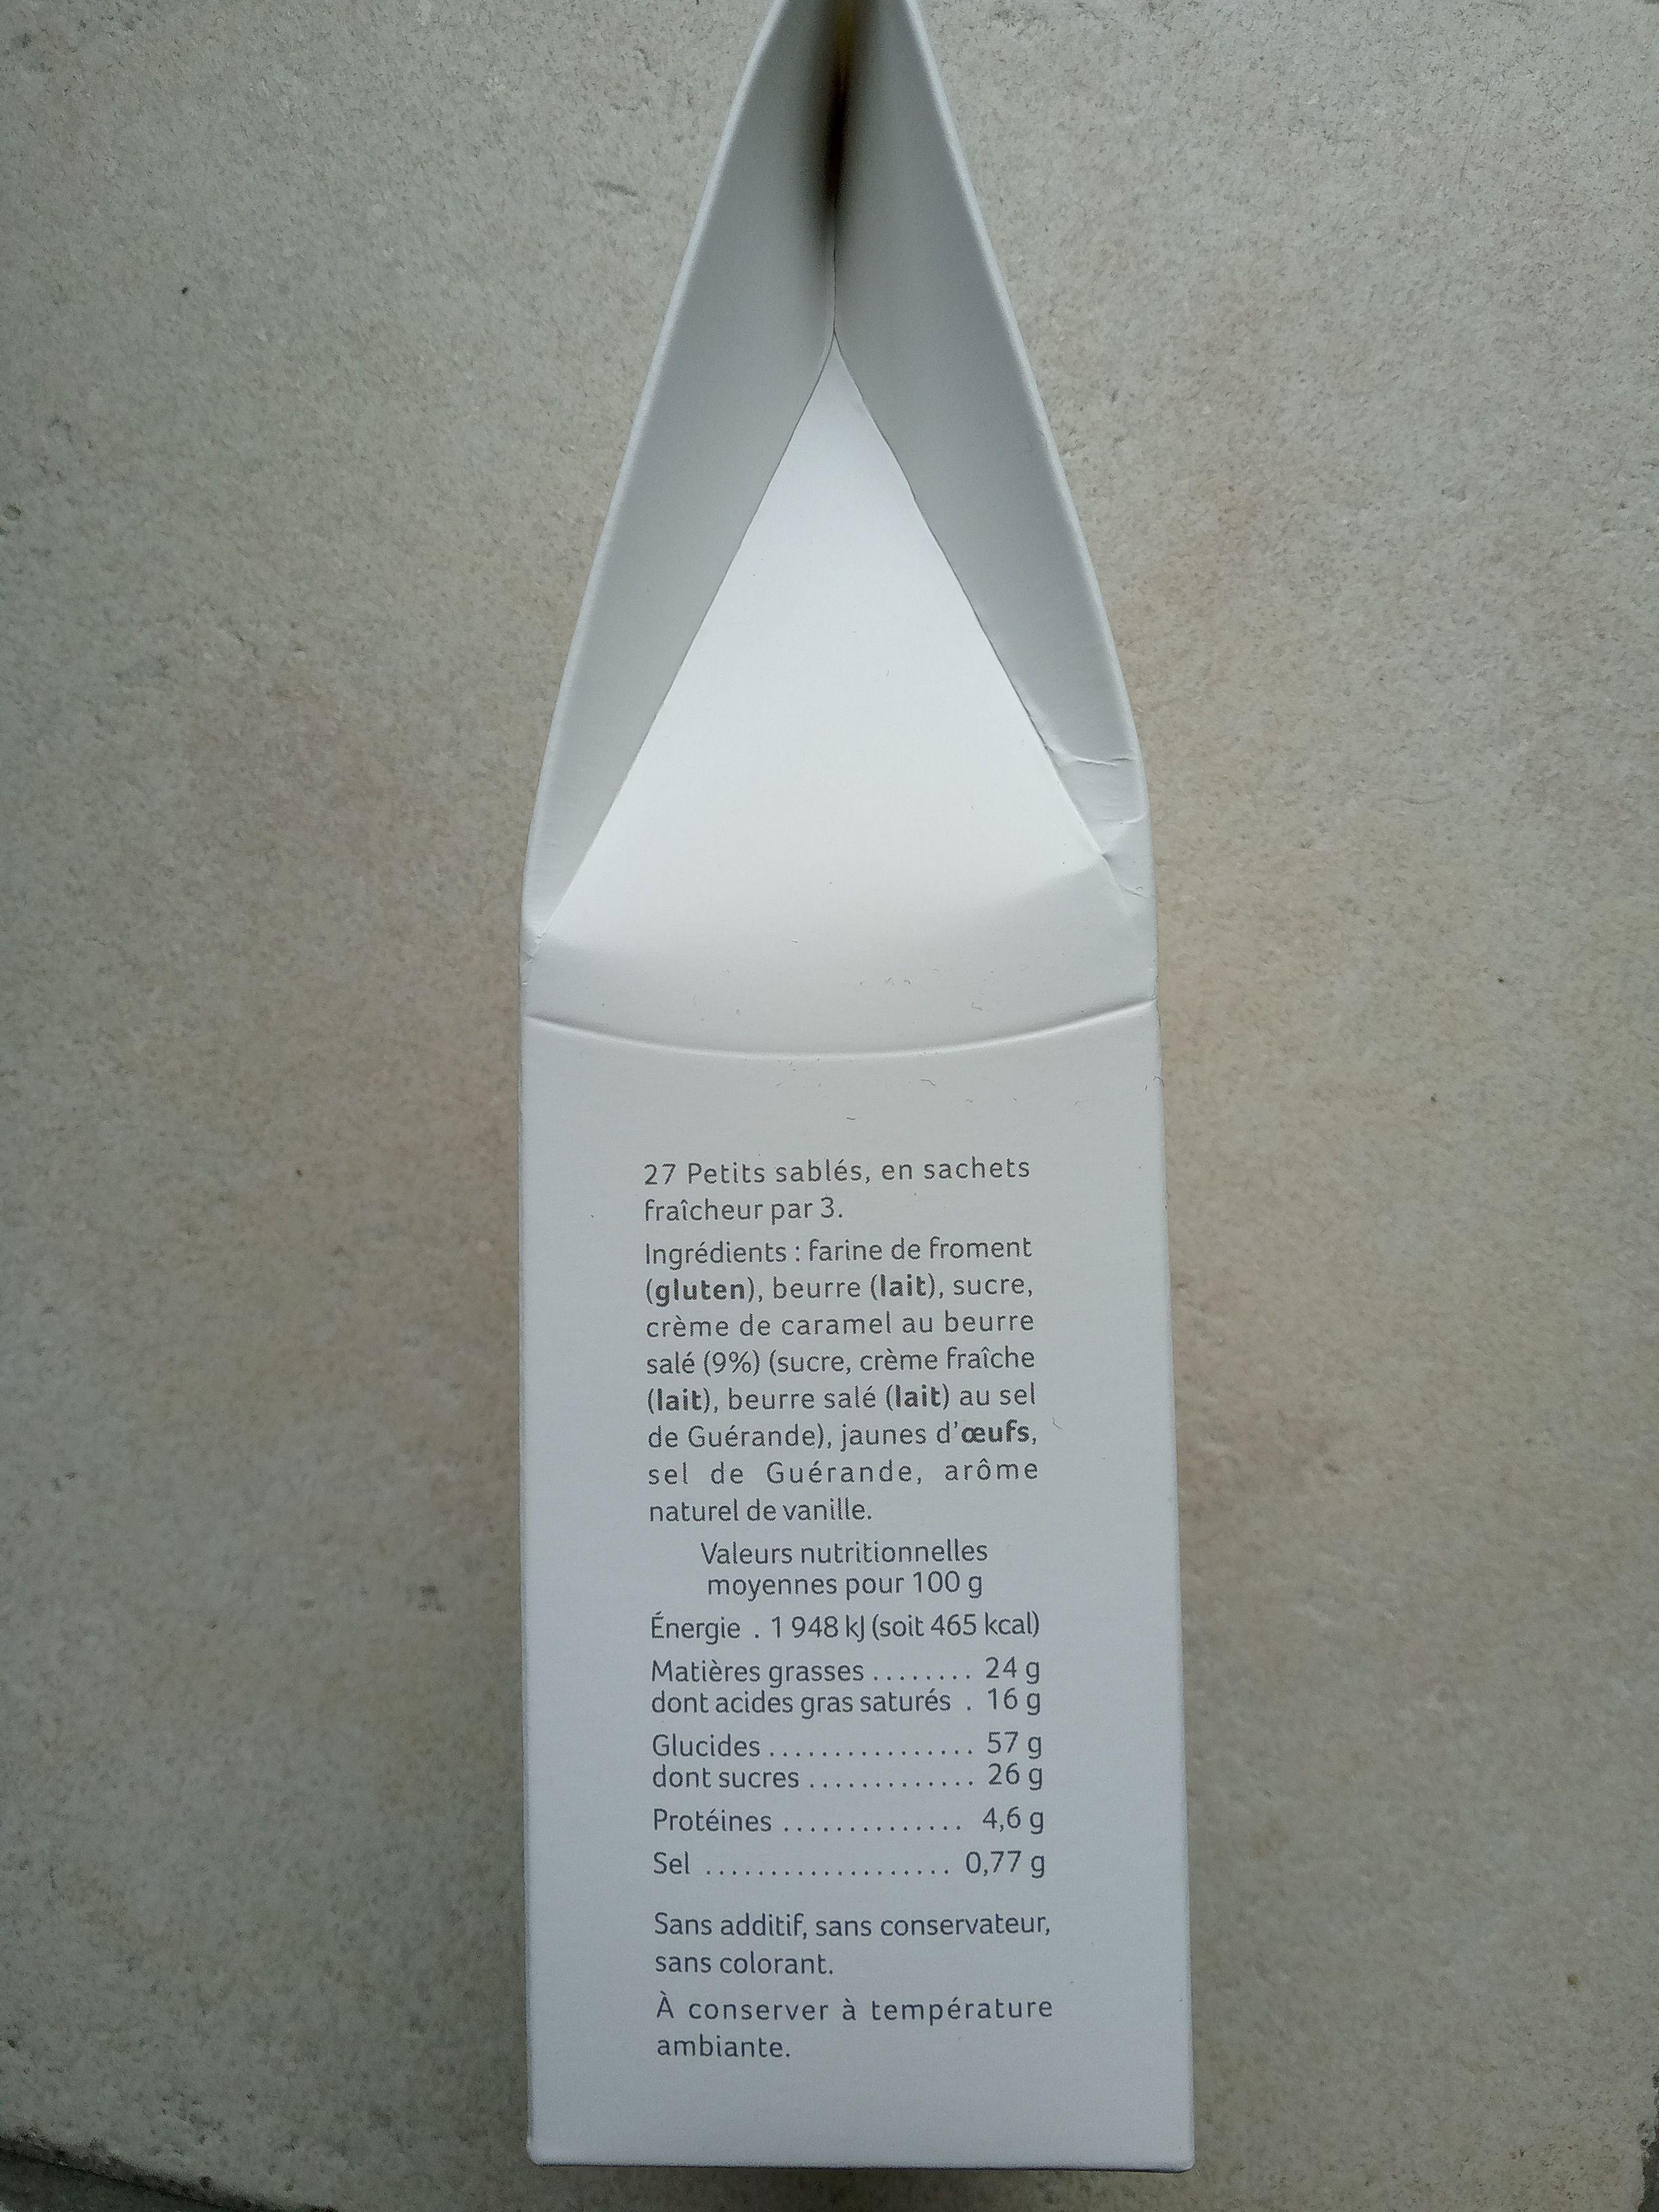
27 Petits sablés, en sachets fraîcheur par 3.
Ingrédients : farine de froment (gluten), beurre (lait), sucre, crème de caramel au beurre salé (9%) (sucre, crème fraîche (lait), beurre salé (lait) au sel de Guérande), jaunes d'œufs, sel de Guérande, arôme naturel de vanille.
Valeurs nutritionnelles moyennes pour 100 g Énergie. 1948 kJ (soit 465 kcal) Matières grasses . . . . . . . . 24 g dont acides gras saturés. 16 g Glucides ....
.. 57 g 26 g
dont sucres.
Protéines ..
. 4,6 g
Sel ...
0,77 g
Sans additif, sans conservateur,
sans colorant.
À conserver à température ambiante.